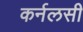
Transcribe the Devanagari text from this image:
कर्नलसी